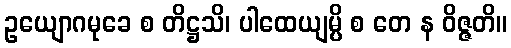
ဥယျောဂမုခေ စ တိဋ္ဌသိ၊ ပါထေယျမ္ပိ စ တေ န ဝိဇ္ဇတိ။